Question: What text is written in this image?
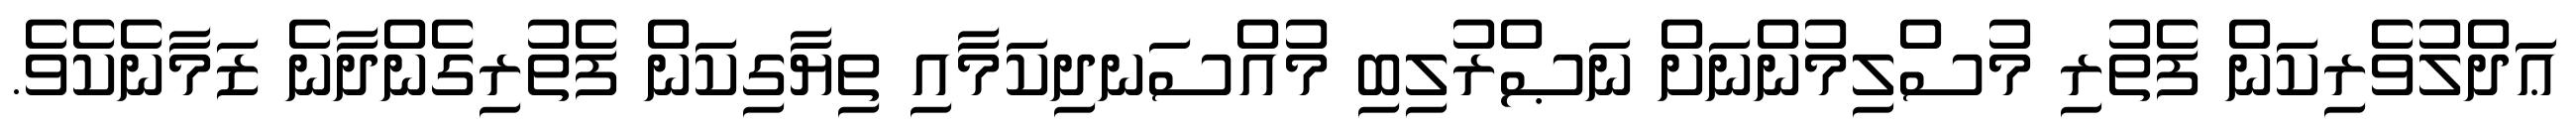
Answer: ޢަދްލުވެރިކަން ފެތުރި މުސްލިމުންނަށް ނަޞްރުލިބި މުއްސަނދިކަމާއި ތިޔާގިކަން ފެތުރިގެންދާނެ ޒަމާނެކެވެ.